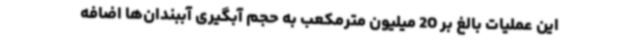
این عملیات بالغ بر 20 میلیون مترمکعب به حجم آبگیری آببندان‌ها اضافه